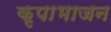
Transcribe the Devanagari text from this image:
कृपाभाजन